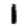
Digit: 1